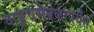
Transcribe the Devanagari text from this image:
वाङ्मयसेवकांपर्यंत